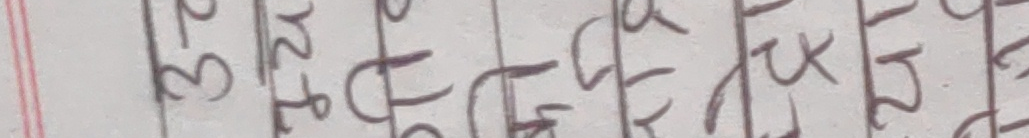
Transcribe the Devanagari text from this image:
३२ोट१फक५रढखप६